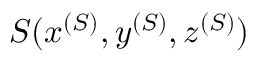
S ( x ^ { ( S ) } , y ^ { ( S ) } , z ^ { ( S ) } )